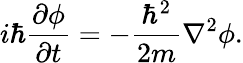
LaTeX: i\hbar{\frac{\partial\phi}{\partial t}}=-{\frac{\hbar^{2}}{2m}}\nabla^{2}\phi.